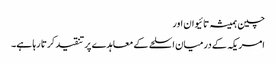
چین ہمیشہ تائیوان اور
امریکہ کے درمیان اسلحے کے معاہدے پر تنقید کرتا رہا ہے۔